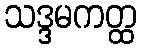
သဒ္ဒမကတ္ထ